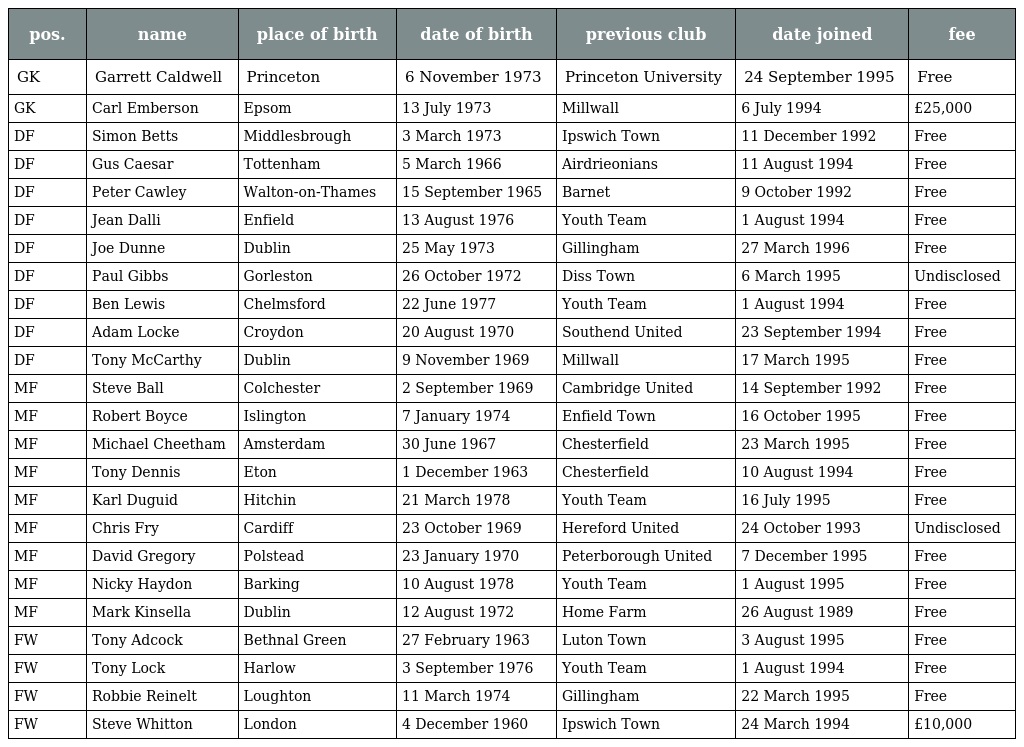
| pos. | name | place of birth | date of birth | previous club | date joined | fee |
 | --- | --- | --- | --- | --- | --- | --- |
 | GK | Garrett Caldwell | Princeton | 6 November 1973 | Princeton University | 24 September 1995 | Free |
 | GK | Carl Emberson | Epsom | 13 July 1973 | Millwall | 6 July 1994 | £25,000 |
 | DF | Simon Betts | Middlesbrough | 3 March 1973 | Ipswich Town | 11 December 1992 | Free |
 | DF | Gus Caesar | Tottenham | 5 March 1966 | Airdrieonians | 11 August 1994 | Free |
 | DF | Peter Cawley | Walton-on-Thames | 15 September 1965 | Barnet | 9 October 1992 | Free |
 | DF | Jean Dalli | Enfield | 13 August 1976 | Youth Team | 1 August 1994 | Free |
 | DF | Joe Dunne | Dublin | 25 May 1973 | Gillingham | 27 March 1996 | Free |
 | DF | Paul Gibbs | Gorleston | 26 October 1972 | Diss Town | 6 March 1995 | Undisclosed |
 | DF | Ben Lewis | Chelmsford | 22 June 1977 | Youth Team | 1 August 1994 | Free |
 | DF | Adam Locke | Croydon | 20 August 1970 | Southend United | 23 September 1994 | Free |
 | DF | Tony McCarthy | Dublin | 9 November 1969 | Millwall | 17 March 1995 | Free |
 | MF | Steve Ball | Colchester | 2 September 1969 | Cambridge United | 14 September 1992 | Free |
 | MF | Robert Boyce | Islington | 7 January 1974 | Enfield Town | 16 October 1995 | Free |
 | MF | Michael Cheetham | Amsterdam | 30 June 1967 | Chesterfield | 23 March 1995 | Free |
 | MF | Tony Dennis | Eton | 1 December 1963 | Chesterfield | 10 August 1994 | Free |
 | MF | Karl Duguid | Hitchin | 21 March 1978 | Youth Team | 16 July 1995 | Free |
 | MF | Chris Fry | Cardiff | 23 October 1969 | Hereford United | 24 October 1993 | Undisclosed |
 | MF | David Gregory | Polstead | 23 January 1970 | Peterborough United | 7 December 1995 | Free |
 | MF | Nicky Haydon | Barking | 10 August 1978 | Youth Team | 1 August 1995 | Free |
 | MF | Mark Kinsella | Dublin | 12 August 1972 | Home Farm | 26 August 1989 | Free |
 | FW | Tony Adcock | Bethnal Green | 27 February 1963 | Luton Town | 3 August 1995 | Free |
 | FW | Tony Lock | Harlow | 3 September 1976 | Youth Team | 1 August 1994 | Free |
 | FW | Robbie Reinelt | Loughton | 11 March 1974 | Gillingham | 22 March 1995 | Free |
 | FW | Steve Whitton | London | 4 December 1960 | Ipswich Town | 24 March 1994 | £10,000 |